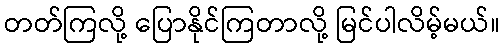
တတ်ကြလို့ ပြောနိုင်ကြတာလို့ မြင်ပါလိမ့်မယ်။